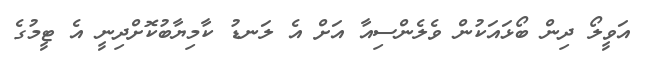
އަވީލޯ ދިން ބޯޅައަކުން ވެލެންސިއާ އަށް އެ ލަނޑު ކާމިޔާބުކޮށްދިނީ އެ ޓީމުގެ